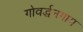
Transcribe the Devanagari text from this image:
गोवर्द्धनगाम